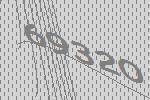
69320